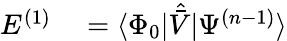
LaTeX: \begin{array}{rl}{E^{(1)}}&{{}=\langle\Phi_{0}|\hat{\bar{V}}|\Psi^{(n-1)}\rangle}\end{array}